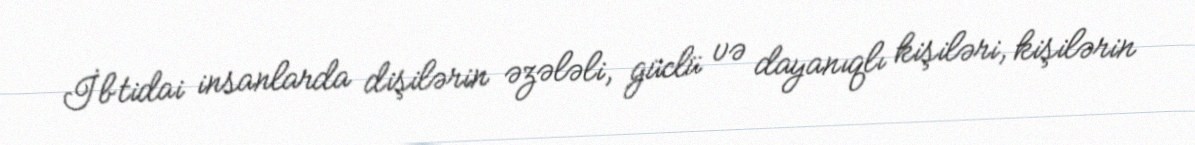
İbtidai insanlarda dişilərin əzələli, güclü və dayanıqlı kişiləri, kişilərin